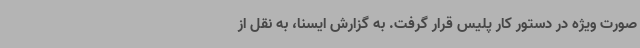
صورت ویژه در دستور کار پلیس قرار گرفت. به گزارش ایسنا، به نقل از